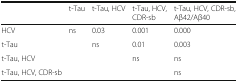
<table><thead><tr><td></td><td><b>t-Tau</b></td><td><b>t-Tau, HCV</b></td><td><b>t-Tau, HCV, CDR-sb</b></td><td><b>t-Tau, HCV, CDR-sb, Aβ42/Aβ40</b></td></tr></thead><tbody><tr><td>HCV</td><td>ns</td><td>0.03</td><td>0.001</td><td>0.000</td></tr><tr><td>t-Tau</td><td></td><td>ns</td><td>0.01</td><td>0.003</td></tr><tr><td>t-Tau, HCV</td><td></td><td></td><td>ns</td><td>ns</td></tr><tr><td>t-Tau, HCV, CDR-sb</td><td></td><td></td><td></td><td>ns</td></tr></tbody></table>